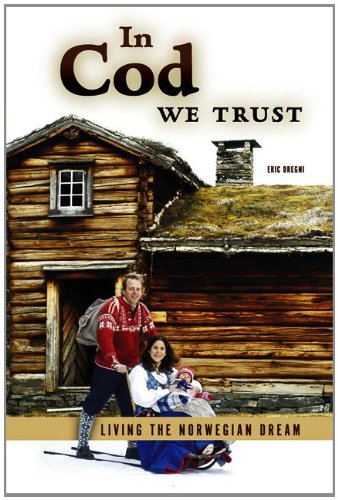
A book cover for In Cod We Trust: Living the Norwegian Dream; Eric Dregni; Biographies & Memoirs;